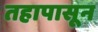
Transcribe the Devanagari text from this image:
तहापासून